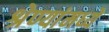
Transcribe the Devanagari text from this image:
श्रेण्यांमध्ये